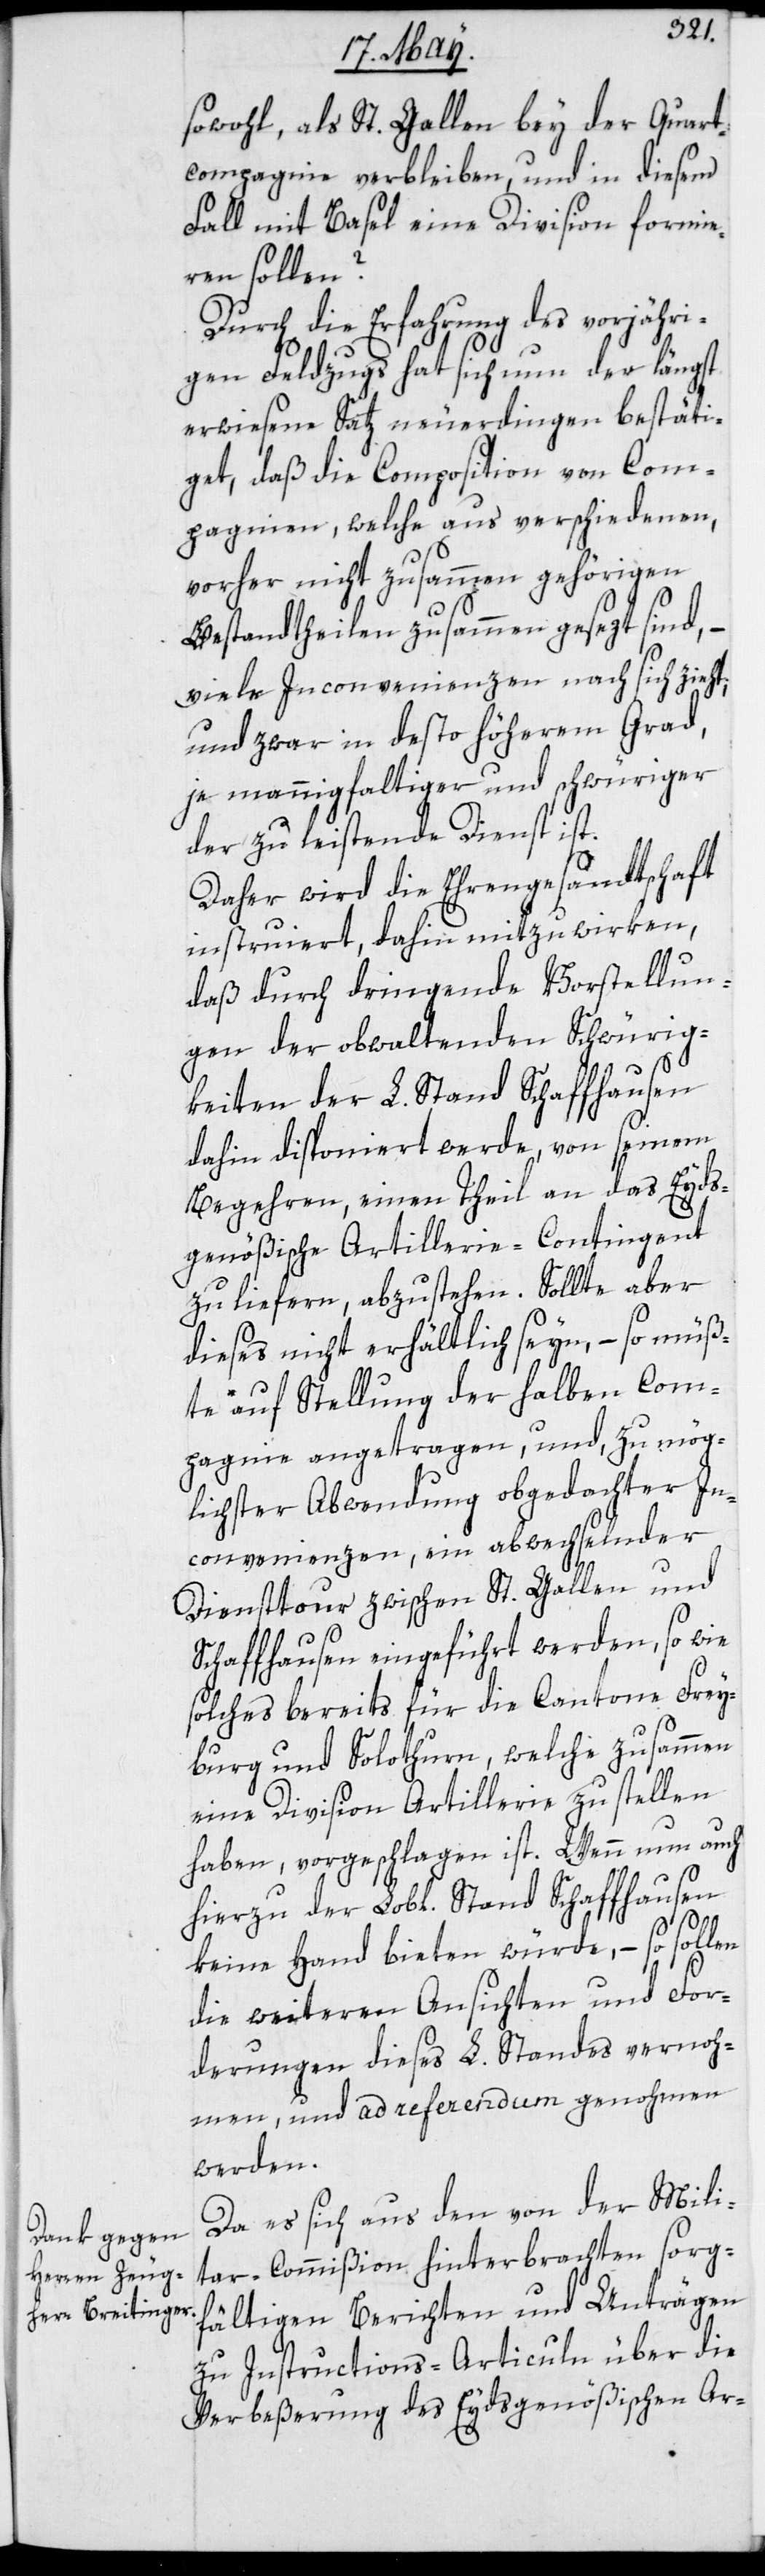
sowohl, als St. Gallen bey der Quart¬
compagnie verbleiben und in diesem
Fall mit Basel eine Division formie¬
ren sollen?
Durch die Erfahrung des vorjähri¬
gen Feldzugs hat sich nun der längst
erwiesene Satz neuerdingen bestäti¬
get, daß die Composition von Com¬
pagnien, welche aus verschiedenen,
vorher nicht zusammen gehörigen
Bestandtheilen zusammen gesetzt sind,
viele Inconvenienzen nach sich zieht,
und zwar in desto höherem Grad,
je mannigfaltiger und schwüriger
der zu leistende Dienst ist.
Daher wird die Ehrengesandtschaft
instruiert, dahin mitzuwirken,
daß durch dringende Vorstellun¬
gen der obwaltenden Schwürig¬
keiten der L. Stand Schaffhausen
dahin disponiert werde, von seinem
Begehren, einen Theil an das Eyds¬
genößische Artillerie-Contingent
zu liefern, abzustehen. Sollte aber
dieses nicht erhältlich seyn, – so müß¬
te auf Stellung der halben Com¬
pagnie angetragen, und zu mög¬
lichster Abwendung obgedachter In¬
convenienzen, ein abwechselnder
Diensttour zwischen St. Gallen und
Schaffhausen eingeführt werden, so wie
solches bereits für die Cantone Frey¬
burg und Solothurn, welche zusammen
eine Division Artillerie zu stellen
haben, vorgeschlagen ist. Wenn nun auch
hierzu der Lobl. Stand Schaffhausen
keine Hand bieten würde, – so sollen
die weiteren Ansichten und For¬
derungen dieses L. Standes vernoh¬
men, und ad referendum genohmen
werden.
Da es sich aus dem von der Mili¬
tar-Commißion hinterbrachten sorg¬
fältigen Berichten und Anträgen
zu Instructions-Articuln über die
Verbeßerung des Eydsgenößischen Ar-